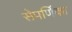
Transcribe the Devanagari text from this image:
सेपर्णिका